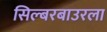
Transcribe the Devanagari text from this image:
सिल्बरबाउरला